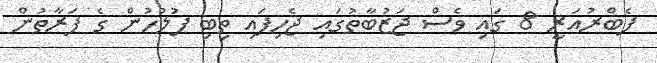
ފެބްރުއަރީ 8 ގައި ވެސް ޖަޒުބާތުގައި ޖެހިފައި ތިބި ފުލުހުން ގެ ފަރާތުން